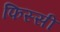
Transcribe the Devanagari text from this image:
फिस्सी